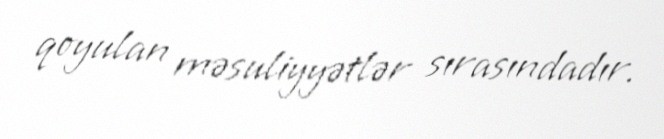
qoyulan məsuliyyətlər sırasındadır.